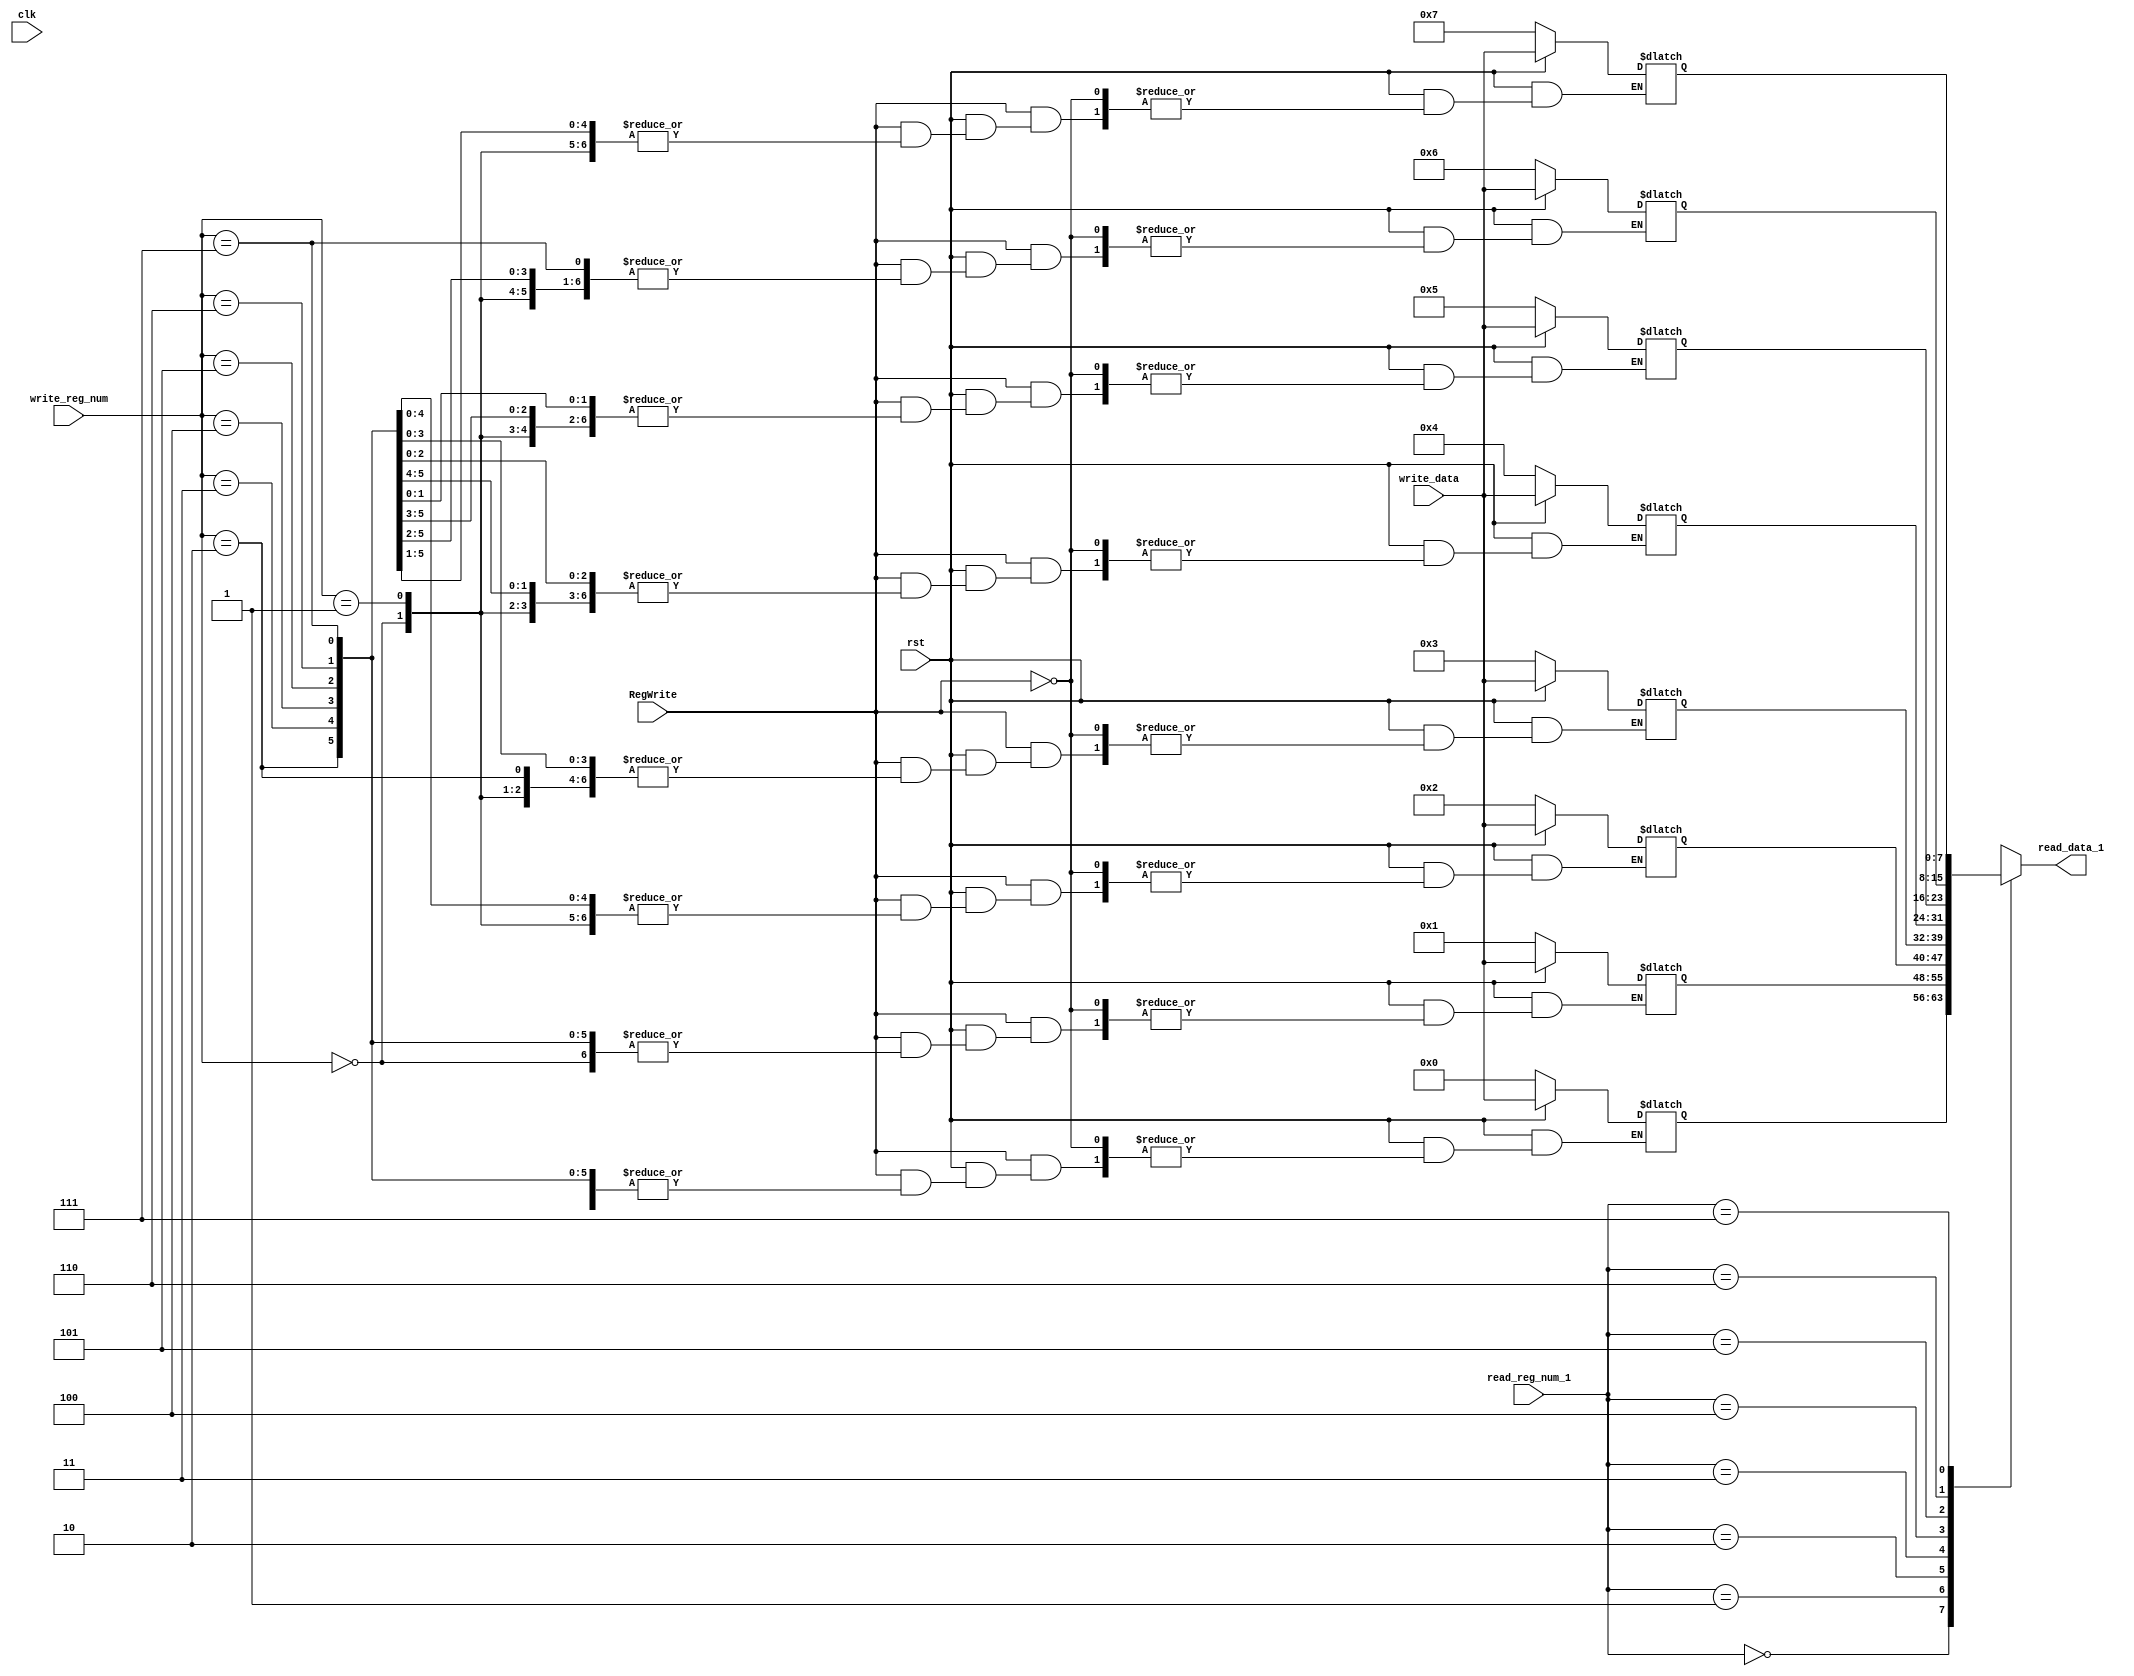
module reg_file (
	input clk,
	input rst,
	input RegWrite,
	input [2:0] read_reg_num_1,
	input [2:0] write_reg_num,
	input [7:0] write_data,
	output [7:0] read_data_1
);

reg [7:0] regfile [7:0];
assign read_data_1 = regfile[read_reg_num_1];

always @(*) begin 
	if(!rst) begin
		regfile[0] <= 0;
		regfile[1] <= 1;
		regfile[2] <= 2;
		regfile[3] <= 3;
		regfile[4] <= 4;
		regfile[5] <= 5;
		regfile[6] <= 6;
		regfile[7] <= 7;
	end
	
	else if (RegWrite) regfile[write_reg_num] = write_data;
end

endmodule